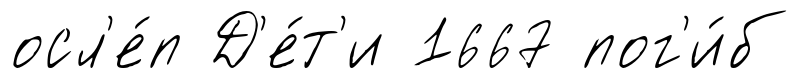
осл'е́п Д'е́т'и 1667 пог'и́б